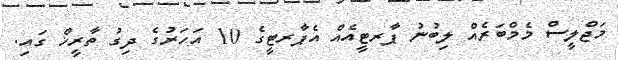
މަޖްލީސް މެމްބަރެއް ލިބުނު ޕާރޓީއެއް އެޕާރޓީގެ 10 އަހަރުގެ ދިގު ތާރީޚް ގައި.